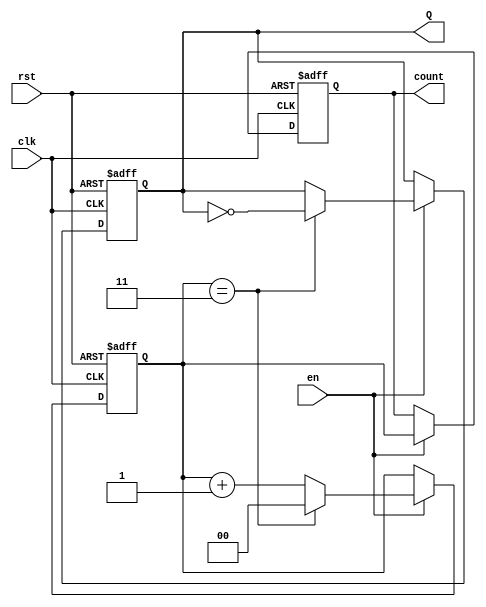
module divide_by_n_counter #(
    parameter N = 4  // Default value of N; modify as necessary
) (
    input wire clk,    // Clock input
    input wire rst,    // Reset input (active high)
    input wire en,     // Enable input
    output reg Q,      // Output that toggles after every N clock cycles
    output reg [$clog2(N)-1:0] count // Optional count output 
);

    // Internal counter
    reg [$clog2(N)-1:0] counter;

    // Always block for synchronous logic
    always @(posedge clk or posedge rst) begin
        if (rst) begin
            counter <= 0;  // Reset counter to 0
            Q <= 0;        // Reset output Q
        end else if (en) begin
            if (counter == N - 1) begin
                counter <= 0;  // Reset counter to 0 when reaching N-1
                Q <= ~Q;        // Toggle the output Q
            end else begin
                counter <= counter + 1;  // Increment counter
            end
        end
    end

    // Optional: Assign the current count value to output
    always @(posedge clk or posedge rst) begin
        if (rst) begin
            count <= 0;  // Reset count output to 0
        end else if (en) begin
            count <= counter;  // Update count output
        end
    end
endmodule